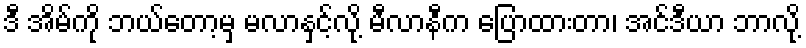
ဒီ အိမ်ကို ဘယ်တော့မှ မလာနှင့်လို့ မီလာနီက ပြောထားတာ၊ အင်ဒီယာ ဘာလို့